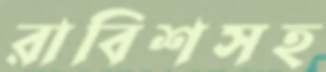
রাবিশসহ